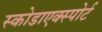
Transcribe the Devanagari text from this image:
स्कोडाएक्स्पोर्ट